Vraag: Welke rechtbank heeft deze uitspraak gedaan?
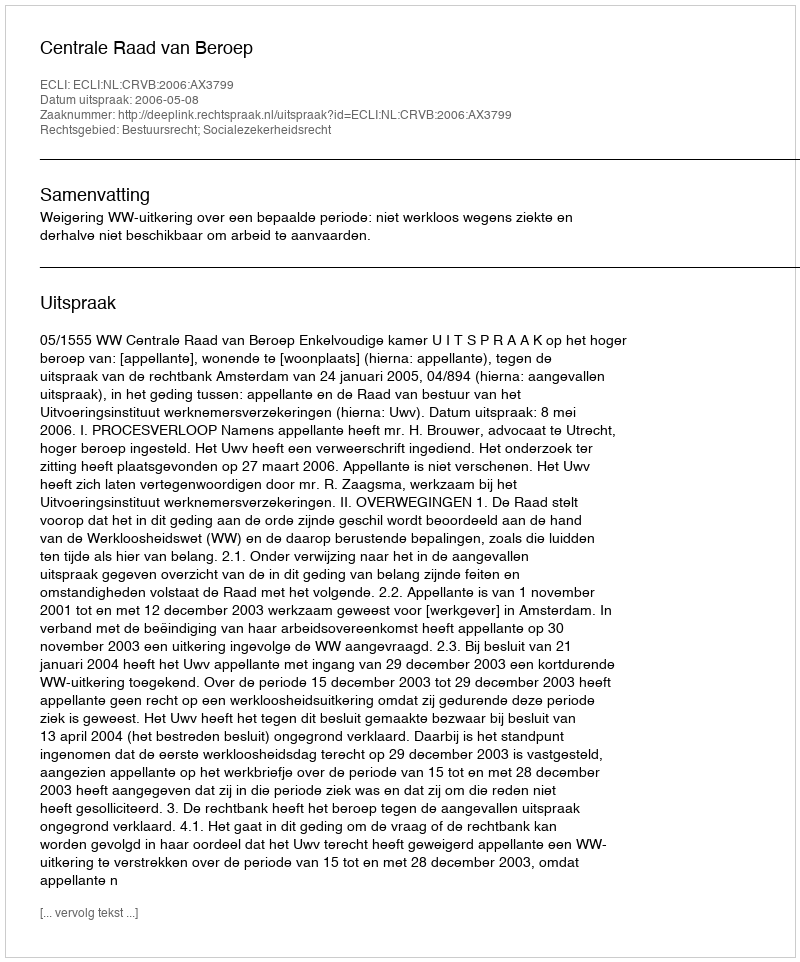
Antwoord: Centrale Raad van Beroep